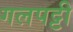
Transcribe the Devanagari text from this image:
गलपट्टी